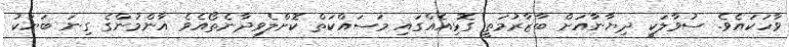
ވާހަކައެވެ. ސުވާލަކީ ދިޔާނާއަށް ބާޒާރުމަތީ ގޮޅިއެއްގައި މަސައްކަތް ކޮށްލެވިދާނެތޯއެވެ އާންމުންގެ ގިނަ ބަޔަކު